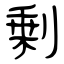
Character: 剰